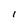
Character: l